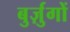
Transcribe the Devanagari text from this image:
बुर्ज़ुगों